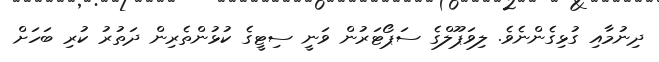
ދިނުމާއި ގުޅިގެންނެވެ. ލިވަޕޫލްގެ ސަޕޯޓަރުން ވަނީ ސިޓީގެ ކުޅުންތެރިން ދަތުރު ކުރި ބަހަށް